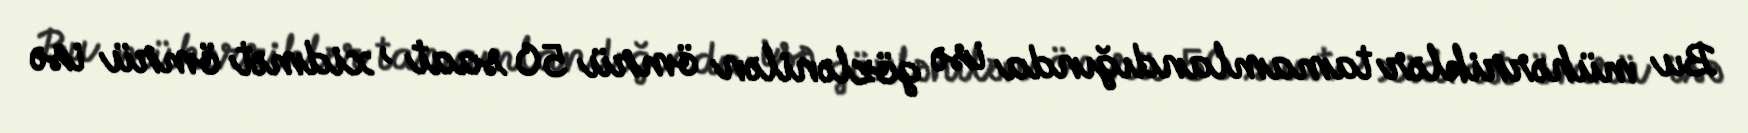
Bu mühərriklər tamamlandığında isə gözlənilən ömrü 50 saat , xidmət ömrü isə